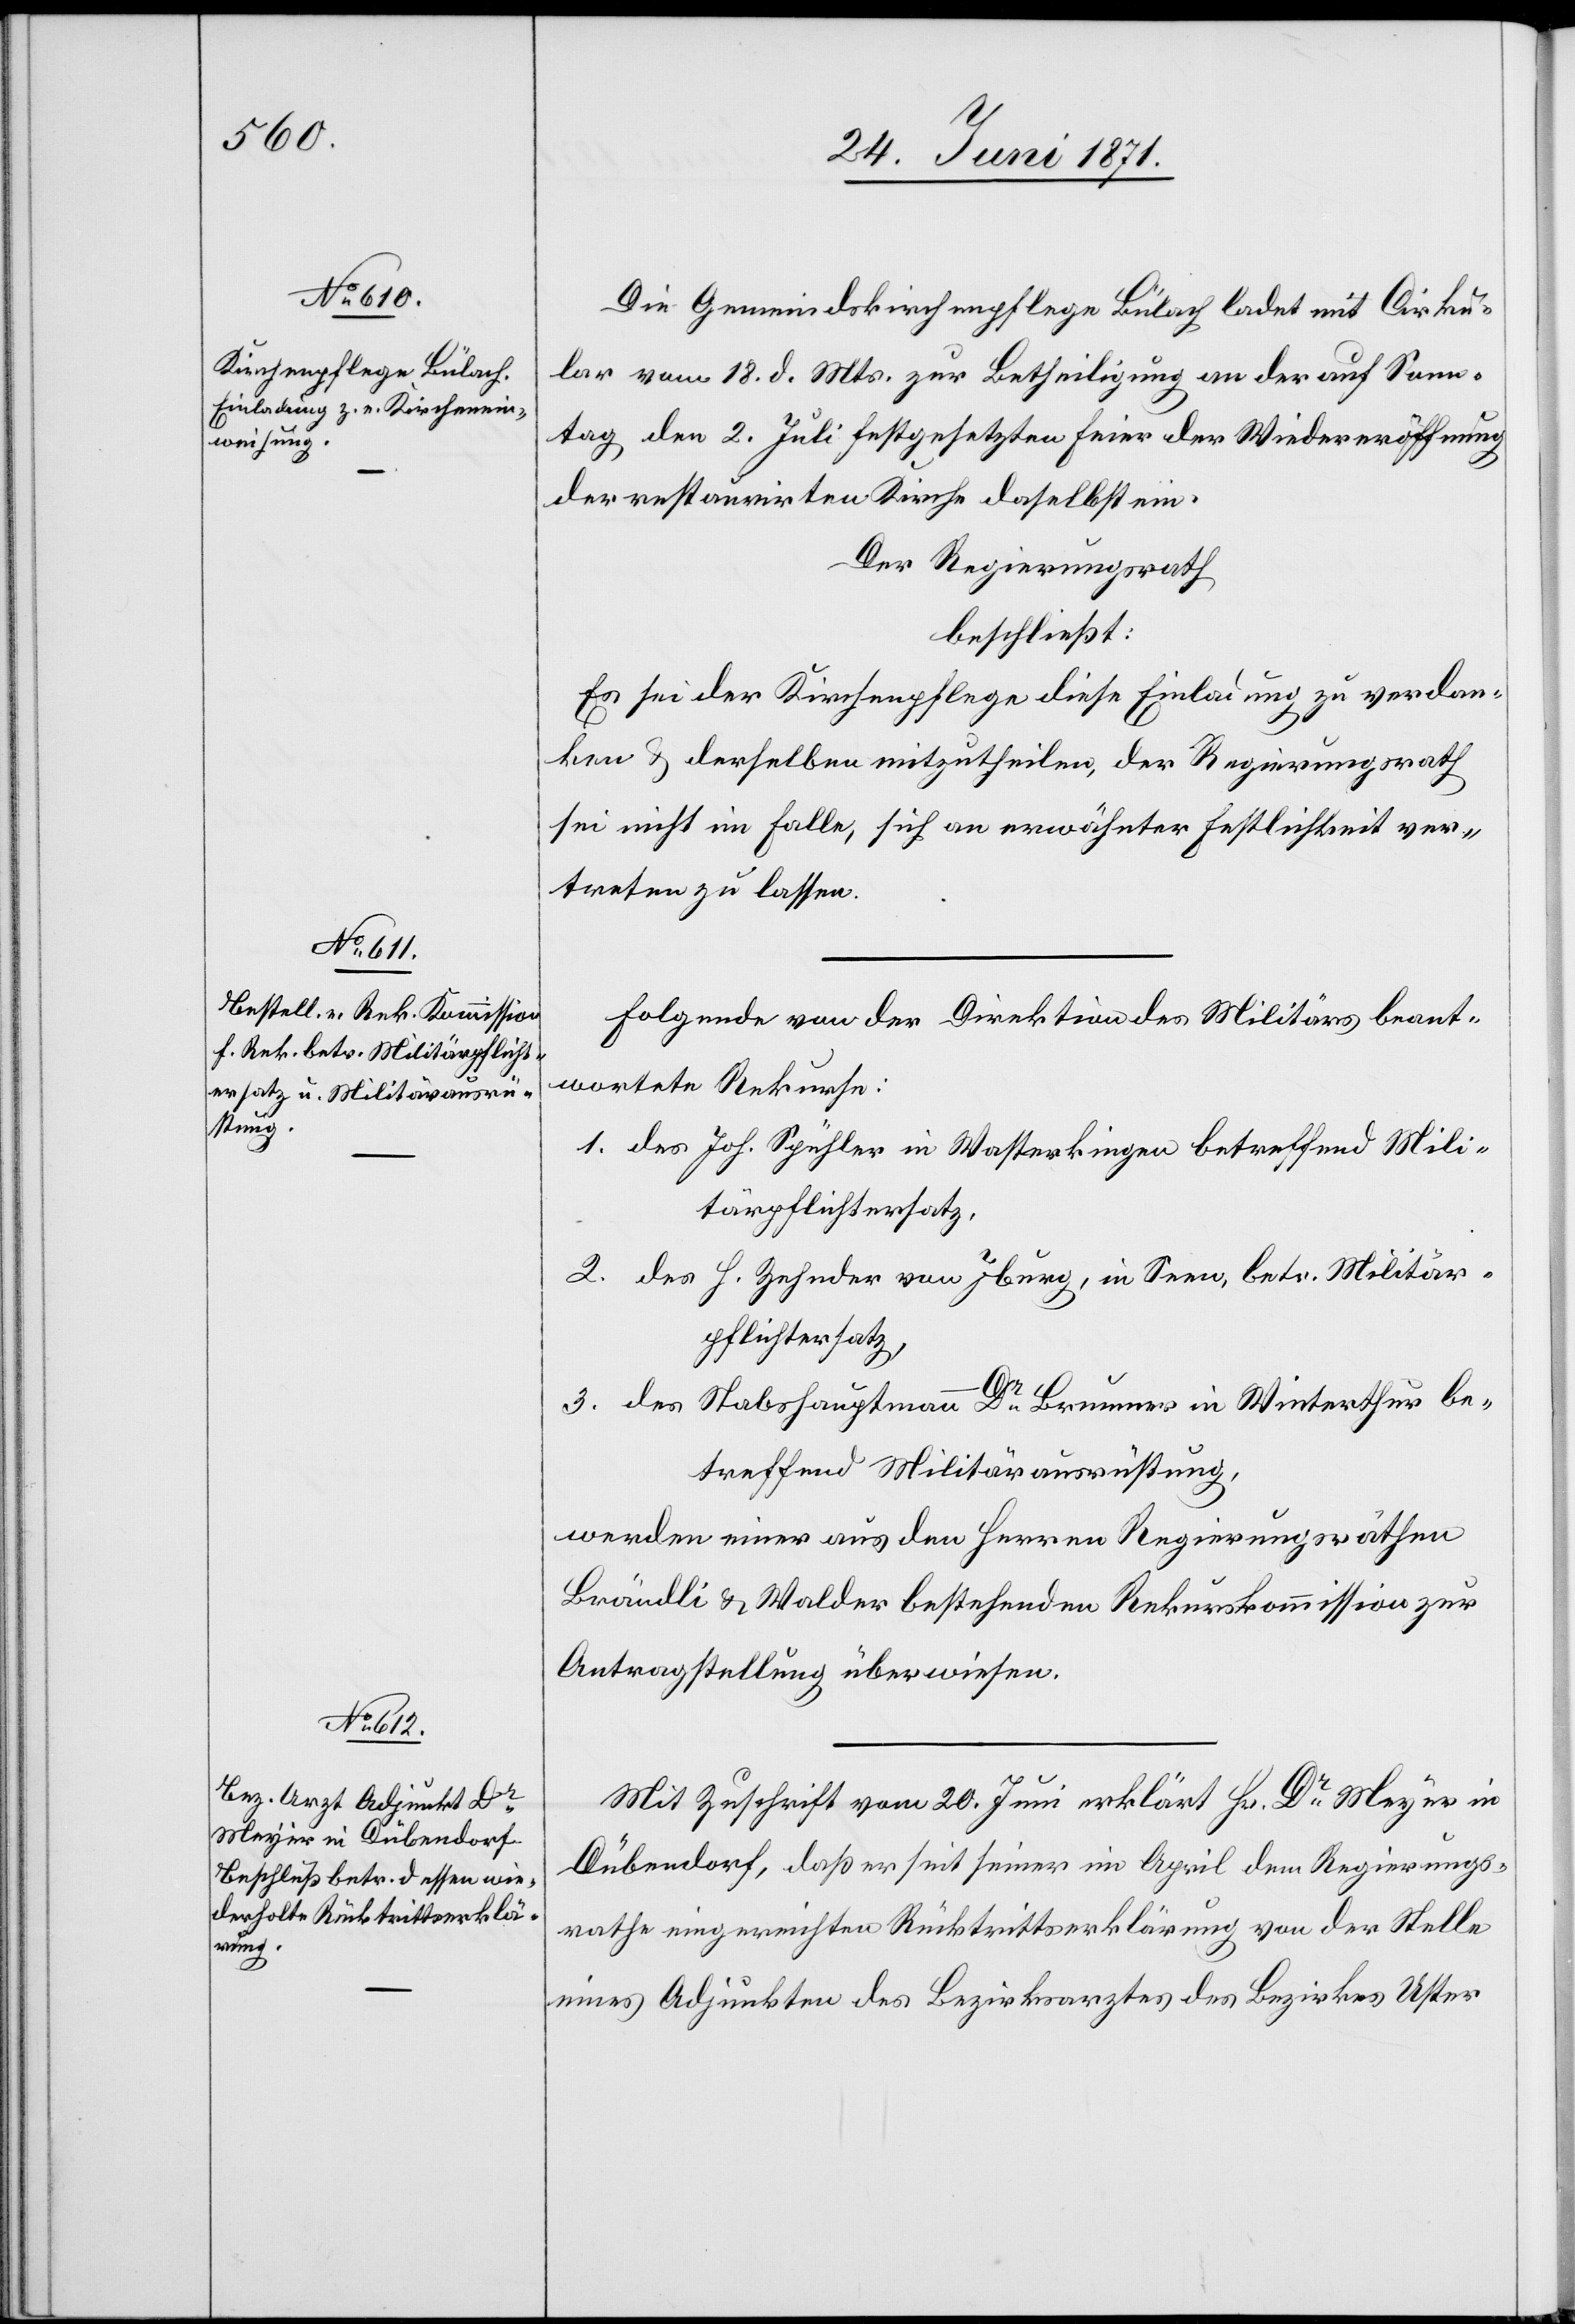
Die Gemeindskirchenpflege Bülach ladet mit Cirku¬
lar vom 18. d. Mts. zur Betheiligung an der auf Sonn¬
tag den 2. Juli festgesetzten Feier der Wiedereröffnung
der restaurirten Kirche daselbst ein.
Der Regierungsrath
beschließt:
Es sei der Kirchenpflege diese Einladung zu verdan¬
ken u. derselben mitzutheilen, der Regierungsrath
sei nicht im Falle, sich an erwähnter Festlichkeit ver¬
treten zu lassen.
Folgende von der Direktion des Militärs beant¬
wortete Rekurse:
1. des Joh. Spühler in Wasterkingen betreffend Mili¬
tärpflichtersatz.
2. des H. Zehnder von Iburg, in Seen, betr. Militär¬
pflichtersatz,
3. des Stabshauptmann Dr. Brunner in Winterthur be¬
treffend Militärausrüstung,
werden einer aus den Herren Regierungsräthen
Brändli u. Walder bestehenden Rekurskommission zur
Antragstellung überwiesen.
Mit Zuschrift vom 20. Juni erklärt Hr. Dr. Meyer in
Dübendorf, daß er seit seiner im April dem Regierungs¬
rathe eingereichten Rücktrittserklärung von der Stelle
eines Adjunkten des Bezirksarztes des Bezirkes Uster